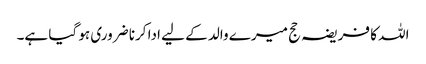
اللہ کا فریضہ حج میرے والد کے لیے ادا کرنا ضروری ہو گیا ہے۔